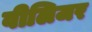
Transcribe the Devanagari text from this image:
वीलिजर